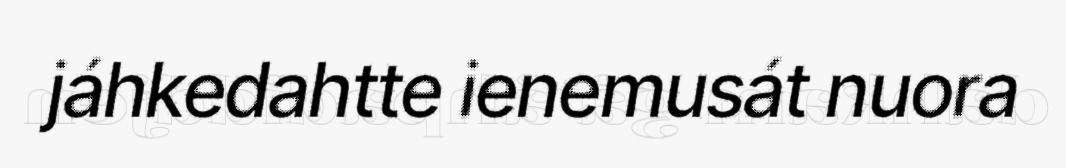
jáhkedahtte ienemusát nuora